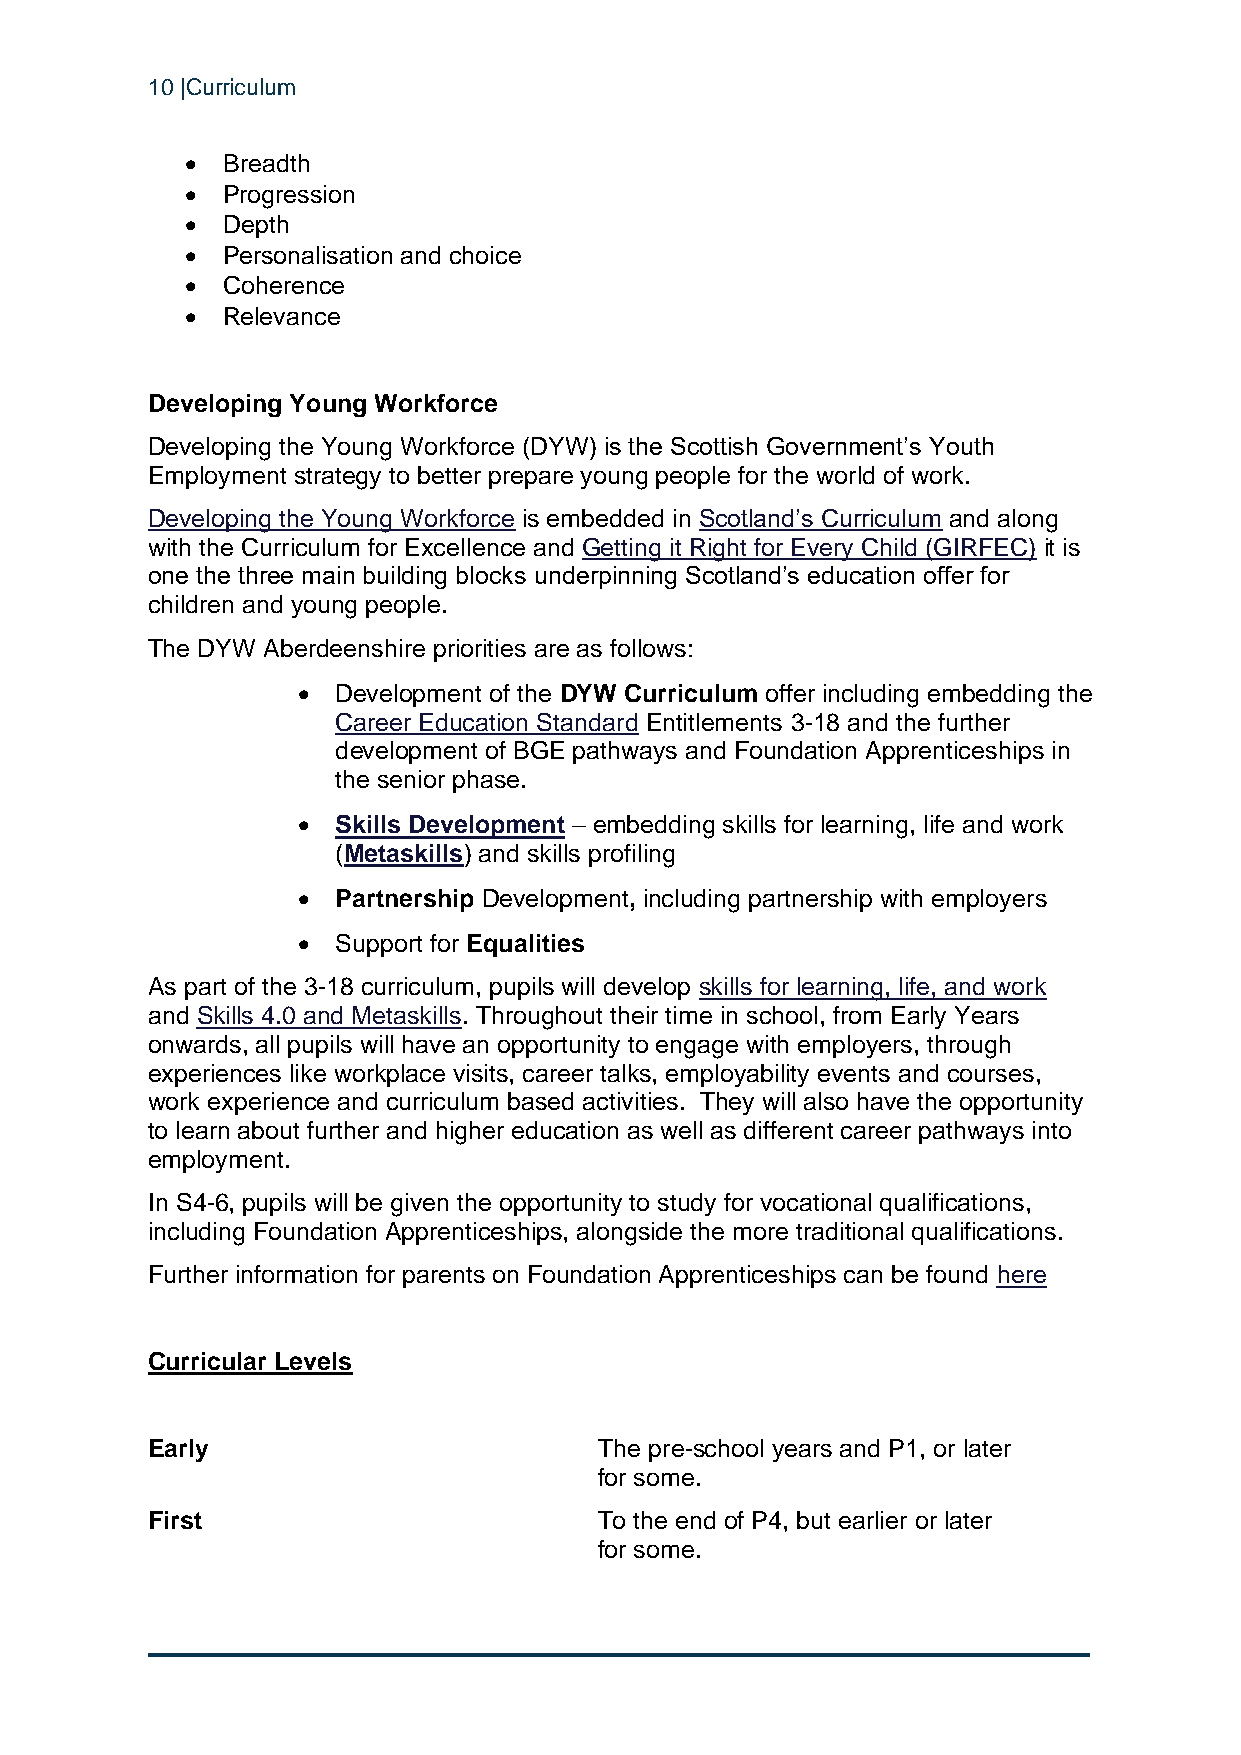
10 |Curriculum
 •  Breadth
 •  Progression
 •  Depth
 •  Personalisation and choice
 •  Coherence
 •  Relevance
 Developing Young Workforce
 Developing the Young Workforce (DYW) is the Scottish Government’s Youth
 Employment strategy to better prepare young people for the world of work.
 Developing the Young Workforce is embedded in Scotland’s Curriculum and along
 with the Curriculum for Excellence and Getting it Right for Every Child (GIRFEC) it is
 one the three main building blocks underpinning Scotland’s education offer for
 children and young people.
 The DYW Aberdeenshire priorities are as follows:
 • Development of the DYW Curriculum offer including embedding the
 Career Education Standard Entitlements 3-18 and the further
 development of BGE pathways and Foundation Apprenticeships in
 the senior phase.
 • Skills Development – embedding skills for learning, life and work
 (Metaskills) and skills profiling
 • Partnership Development, including partnership with employers
 • Support for Equalities
 As part of the 3-18 curriculum, pupils will develop skills for learning, life, and work
 and Skills 4.0 and Metaskills. Throughout their time in school, from Early Years
 onwards, all pupils will have an opportunity to engage with employers, through
 experiences like workplace visits, career talks, employability events and courses,
 work experience and curriculum based activities. They will also have the opportunity
 to learn about further and higher education as well as different career pathways into
 employment.
 In S4-6, pupils will be given the opportunity to study for vocational qualifications,
 including Foundation Apprenticeships, alongside the more traditional qualifications.
 Further information for parents on Foundation Apprenticeships can be found here
 Curricular Levels
 Early                         The pre-school years and P1, or later
 for some.
 First                         To the end of P4, but earlier or later
 for some.